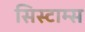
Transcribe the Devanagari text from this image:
सिस्टाम्स